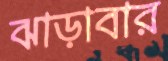
ঝাড়াবার